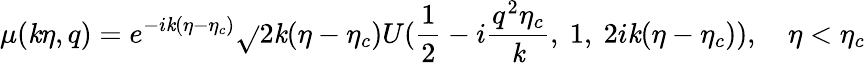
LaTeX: \mu(\mathit{k}\eta,q)=e^{-i\mathit{k}(\eta-\eta_{c})}\sqrt{}{{2\mathit{k}(\eta-\eta_{c})}}U(\frac{{1}}{{2}}-i\frac{{q^{2}\eta_{c}}}{{\mathit{k}}},~1,~2i\mathit{k}(\eta-\eta_{c})),~~~~\eta<\eta_{c}